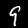
Digit: 9